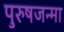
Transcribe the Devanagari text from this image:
पुरुषजन्मा